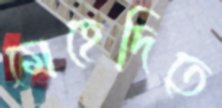
মেহেদিতে